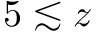
5 \lesssim z